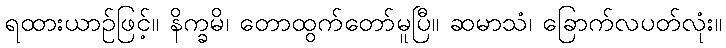
ရထားယာဉ်ဖြင့်။ နိက္ခမိ၊ တောထွက်တော်မူပြီ။ ဆမာသံ၊ ခြောက်လပတ်လုံး။